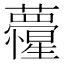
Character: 𮓏